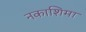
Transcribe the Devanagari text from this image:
नकाशिमा